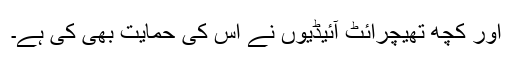
اور کچھ تھیچرائٹ آئیڈیوں نے اس کی حمایت بھی کی ہے۔